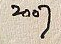
2007